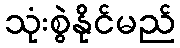
သုံးစွဲနိုင်မည်